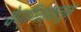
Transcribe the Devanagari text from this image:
वेण्णिक्कलुम्